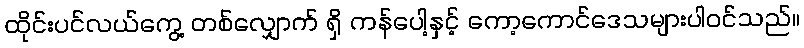
ထိုင်းပင်လယ်ကွေ့ တစ်လျှောက် ရှိ ကန်ပေါ့နှင့် ကော့ကောင်ဒေသများပါဝင်သည်။